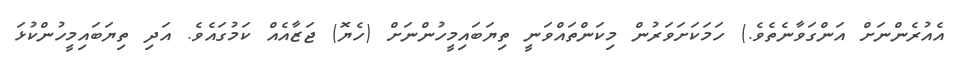
އެއުރެންނަށް އަންގަވާނެތެވެ.) ހަމަކަށަވަރުން މިކަންތައްވަނީ ތިޔަބައިމީހުންނަށް (ހެޔޮ) ޖަޒާއެއް ކަމުގައެވެ. އަދި ތިޔަބައިމީހުންކުޅަ